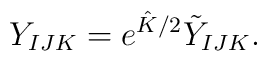
Y_{IJK} =  e^{{\hat K}/2} {\tilde Y}_{IJK}.